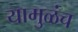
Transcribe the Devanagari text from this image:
यामुळंच